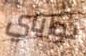
نواياي